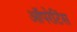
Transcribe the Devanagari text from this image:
ऑपरेटिंस